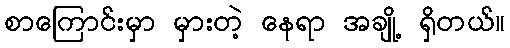
စာကြောင်းမှာ မှားတဲ့ နေရာ အချို့ ရှိတယ်။